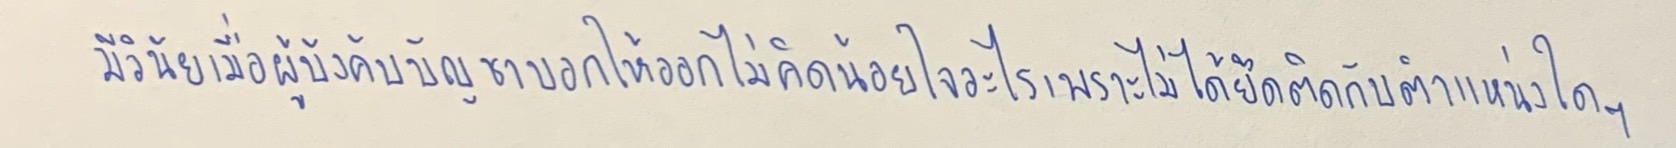
มีวินัยเมื่อผู้บังคับบัญชาบอกให้ออกไม่คิดน้อยใจอะไรเพราะไม่ได้ยึดติดกับตำแหน่งใดๆ